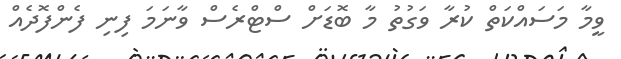
ވީމާ މަސައްކަތް ކުރާ ވަގުތު މާ ބޮޑަށް ސްޓްރެސް ވާނަމަ ފިނި ފެންފޮދެއް